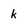
Character: k